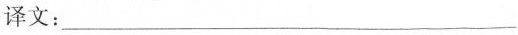
译文：___